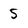
Character: 5